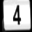
Digit: 4